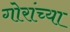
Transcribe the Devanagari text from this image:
गोरांच्या